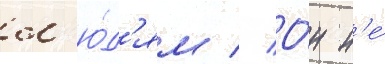
л'ю́д'ям // О́н н'е́